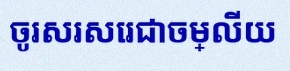
ចូរសរសេរជាចម្លើយ